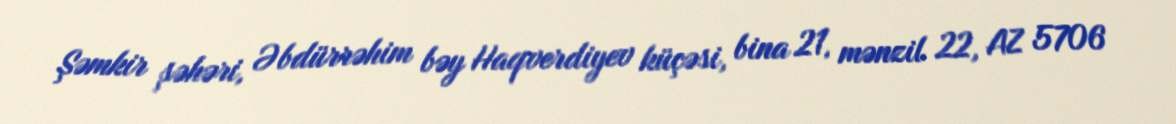
Şəmkir şəhəri, Əbdürrəhim bəy Haqverdiyev küçəsi, bina 21, mənzil 22, AZ 5706